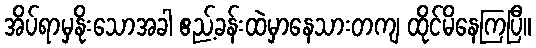
အိပ်ရာမှနိုးသောအခါ ဧည့်ခန်းထဲမှာနေသားတကျ ထိုင်မိနေကြပြီ။